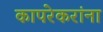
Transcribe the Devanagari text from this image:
कापरेकरांना